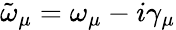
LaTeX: \tilde{\omega}_{\mu}=\omega_{\mu}-i\gamma_{\mu}